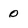
Character: 0